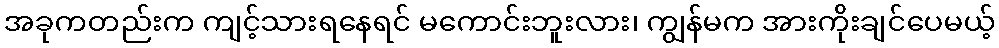
အခုကတည်းက ကျင့်သားရနေရင် မကောင်းဘူးလား၊ ကျွန်မက အားကိုးချင်ပေမယ့်